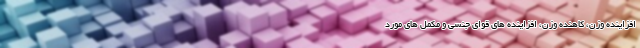
افزاینده وزن، کاهنده وزن، افزاینده های قوای جنسی و مکمل های مورد